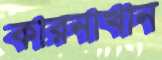
কারনাখান